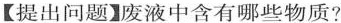
【提出问题】废液中含有哪些物质?